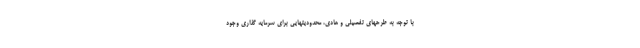
با توجه به طرحهای تفصیلی و هادی، محدودیتهایی برای سرمایه گذاری وجود